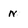
Character: n